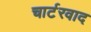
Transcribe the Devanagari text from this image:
चार्टरवाद